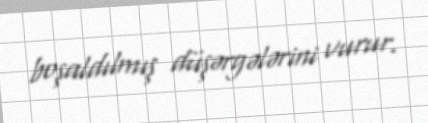
boşaldılmış düşərgələrini vurur.